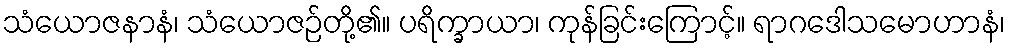
သံယောဇနာနံ၊ သံယောဇဉ်တို့၏။ ပရိက္ခာယာ၊ ကုန်ခြင်းကြောင့်။ ရာဂဒေါသမောဟာနံ၊